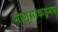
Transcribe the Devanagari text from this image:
माणसांकडूनच